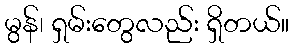
မွန်၊ ရှမ်းတွေလည်း ရှိတယ်။